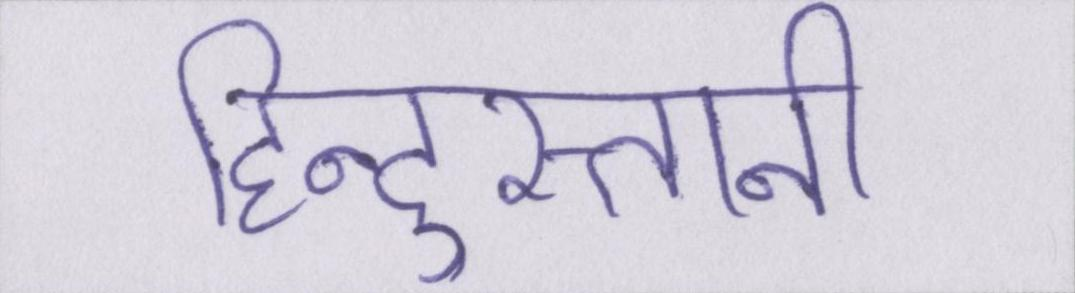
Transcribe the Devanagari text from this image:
हिन्दुस्तानी